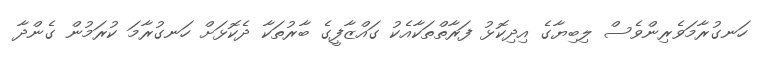
ހަނގުރާމަވެރިންވެސް ލިބިޔާގެ އިދިކޮޅު ފަރާތްތަކާއެކު ގައްޒާފީގެ ބާރުތަކާ ދެކޮޅަށް ހަނގުރާމަ ކުރަމުން ގެންދާ